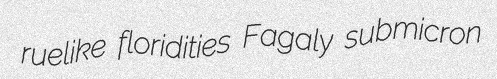
ruelike floridities Fagaly submicron